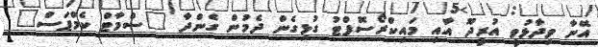
އޭނާ ވިދާޅުވީ އުރީދޫ އާއި މައިކްރޯސޮފްޓު ގުޅިގެން ދެމުން ގެންދާ "ސްމާޓް ކެމްޕަސް"